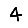
Digit: 4